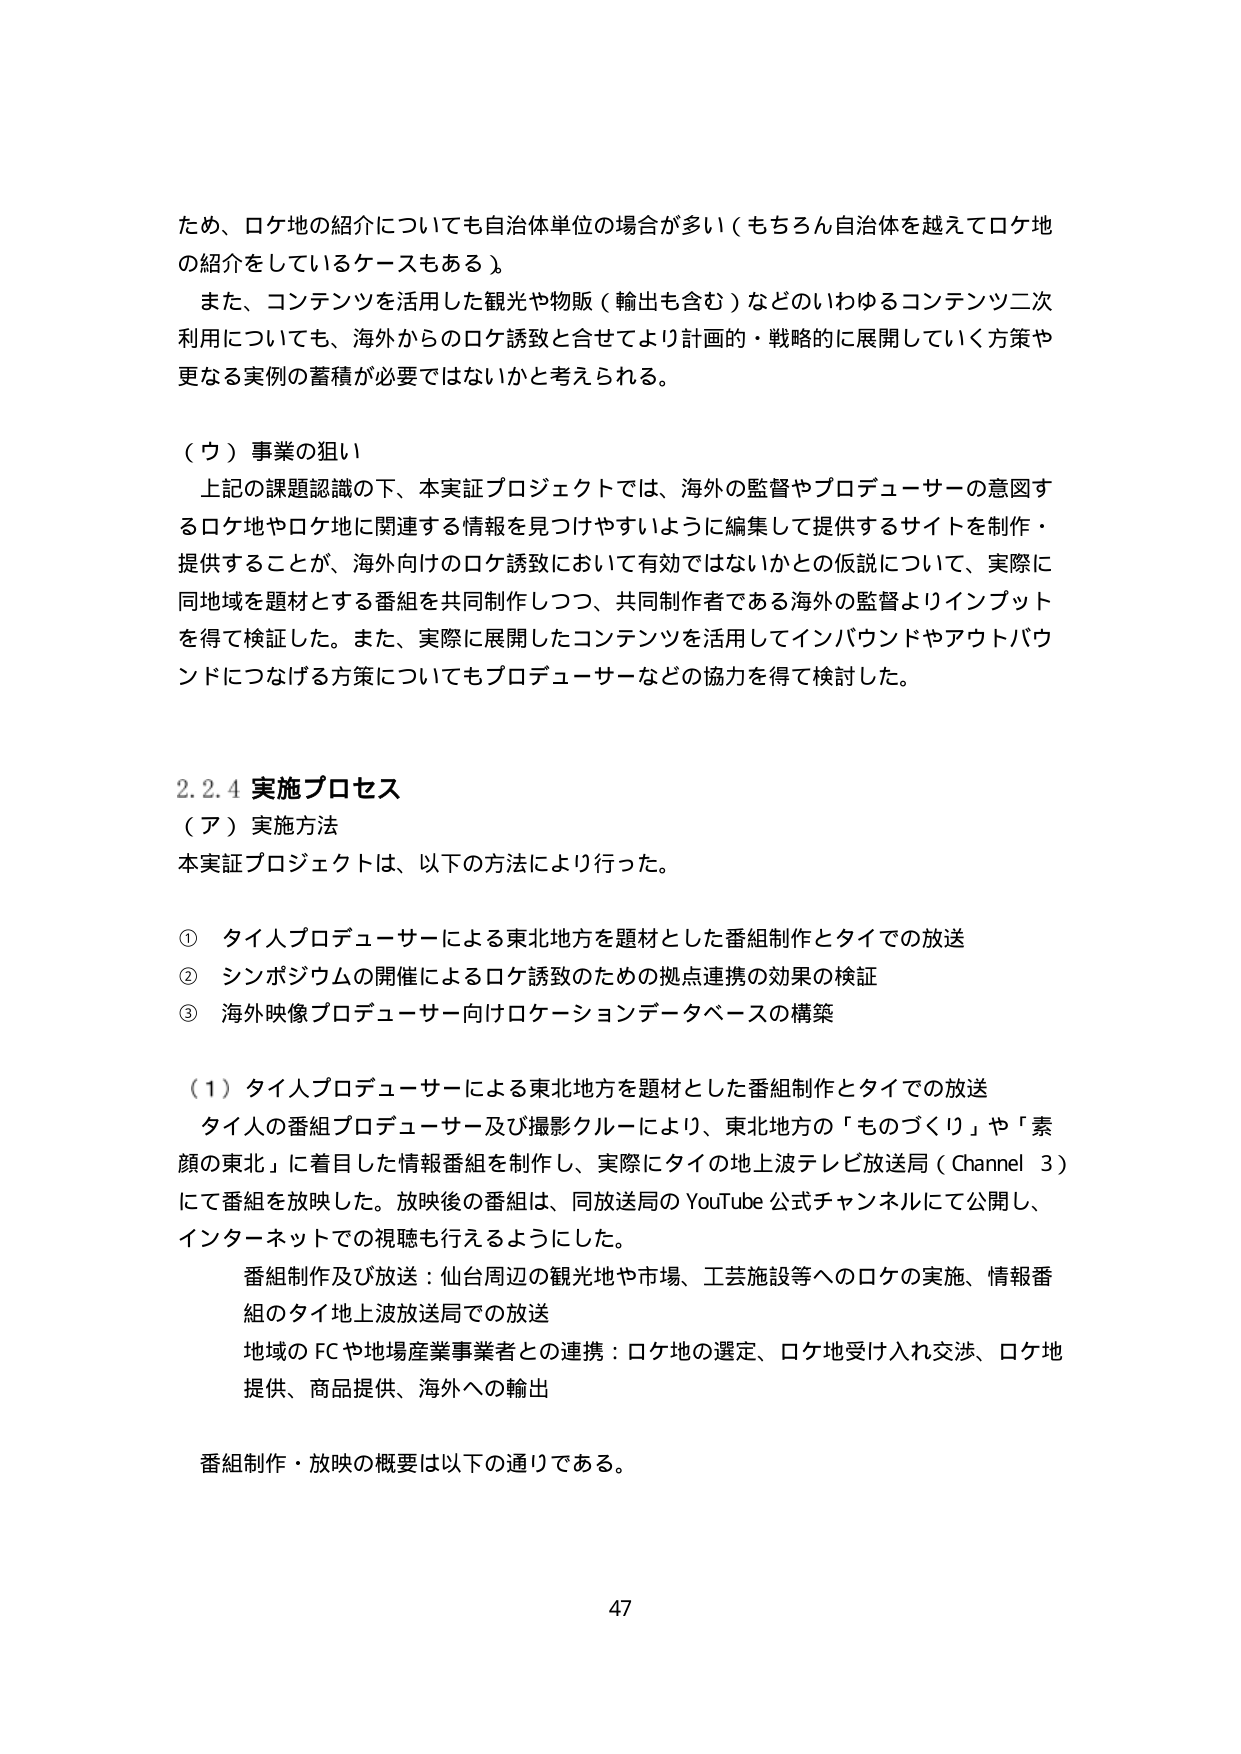
ため、ロケ地の紹介についても自治体単位の場合が多い（もちろん自治体を越えてロケ地の紹介をしているケースもある）。

また、コンテンツを活用した観光や物販（輸出も含む）などのいわゆるコンテンツ二次利用についても、海外からのロケ誘致と合せてより計画的・戦略的に展開していく方策や更なる実例の蓄積が必要ではないかと考えられる。

（ウ）事業の狙い
上記の課題認識の下、本実証プロジェクトでは、海外の監督やプロデューサーの意図するロケ地やロケ地に関連する情報を見つけやすいように編集して提供するサイトを制作・提供することが、海外向けのロケ誘致において有効ではないかとの仮説について、実際に同地域を題材とする番組を共同制作しつつ、共同制作者である海外の監督よりインプットを得て検証した。また、実際に展開したコンテンツを活用してインバウンドやアウトバウンドにつなげる方策についてもプロデューサーなどの協力を得て検討した。

2.2.4 実施プロセス
（ア）実施方法
本実証プロジェクトは、以下の方法により行った。

① タイ人プロデューサーによる東北地方を題材とした番組制作とタイでの放送
② シンポジウムの開催によるロケ誘致のための拠点連携の効果の検証
③ 海外映像プロデューサー向けロケーションデータベースの構築

（1）タイ人プロデューサーによる東北地方を題材とした番組制作とタイでの放送
タイ人の番組プロデューサー及び撮影クルーにより、東北地方の「ものづくり」や「素顔の東北」に着目した情報番組を制作し、実際にタイの地上波テレビ放送局（Channel 3）にて番組を放映した。放映後の番組は、同放送局の YouTube 公式チャンネルにて公開し、インターネットでの視聴も行えるようにした。

番組制作及び放送：仙台周辺の観光地や市場、工芸施設等へのロケの実施、情報番組のタイ地上波放送局での放送
地域のFCや地場産業事業者との連携：ロケ地の選定、ロケ地受け入れ交渉、ロケ地提供、商品提供、海外への輸出

番組制作・放映の概要は以下の通りである。

47